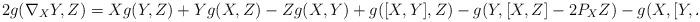
LaTeX: \begin{align*} 2g(\nabla_XY,Z) = Xg(Y,Z) + Yg(X,Z) - Zg(X,Y) + g([X,Y],Z) - g(Y,[X,Z] - 2P_XZ) - g(X,[Y,Z]).\end{align*}